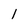
Character: 1